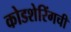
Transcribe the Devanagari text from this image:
कोडशेरिंगची